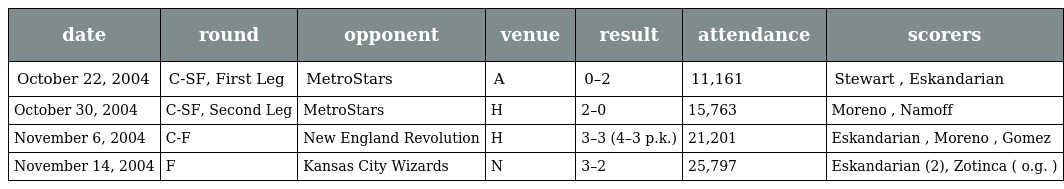
| date | round | opponent | venue | result | attendance | scorers |
 | --- | --- | --- | --- | --- | --- | --- |
 | October 22, 2004 | C-SF, First Leg | MetroStars | A | 0–2 | 11,161 | Stewart , Eskandarian |
 | October 30, 2004 | C-SF, Second Leg | MetroStars | H | 2–0 | 15,763 | Moreno , Namoff |
 | November 6, 2004 | C-F | New England Revolution | H | 3–3 (4–3 p.k.) | 21,201 | Eskandarian , Moreno , Gomez |
 | November 14, 2004 | F | Kansas City Wizards | N | 3–2 | 25,797 | Eskandarian (2), Zotinca ( o.g. ) |